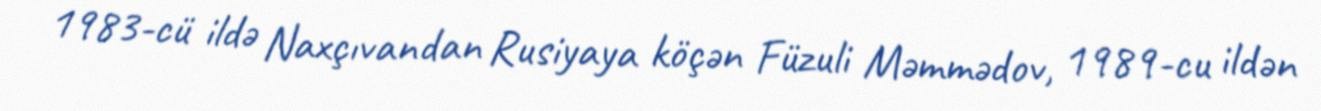
1983-cü ildə Naxçıvandan Rusiyaya köçən Füzuli Məmmədov, 1989-cu ildən